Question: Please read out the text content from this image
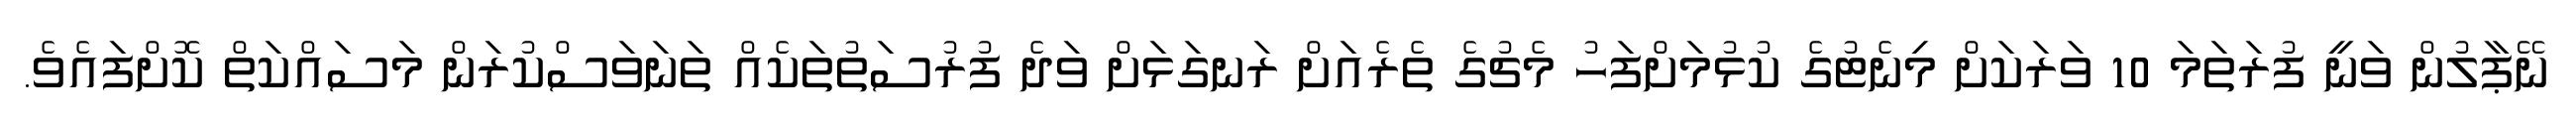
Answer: ނޭޕާލުން ވަނީ ފުރަތަމަ 10 ވަރަކަށް މިނެޓުގެ ކުޅުމަށްފަހު މެޗުގެ ތެރެއަށް ރަނގަޅަށް ވަދެ ފުރުސަތުތަކެއް ތަނަވަސްކުރަން މަސައްކަތް ކޮށްފައެވެ.